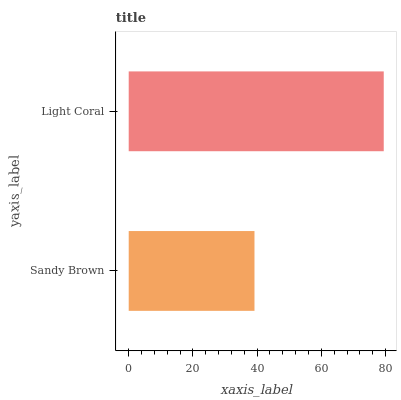
| yaxis_label | bars |
 | --- | --- |
 | Sandy Brown | 39.2 |
 | Light Coral | 79.4 |